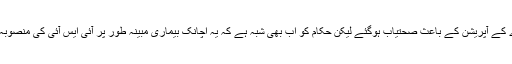
59 سالہ مارک بعد ازاں امریکہ میں اپنے معدے کے آپریشن کے باعث صحتیاب ہوگئے لیکن حکام کو اب بھی شبہ ہے کہ یہ اچانک بیماری مبینہ طور پر آئی ایس آئی کی منصوبہ بندی سے مارک کو زہر دیے جانے سے ہوئی۔